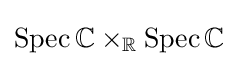
\operatorname {Spec} \mathbb {C} \times _{\mathbb {R} }\operatorname {Spec} \mathbb {C}